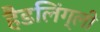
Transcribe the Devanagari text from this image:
हैडलिंग्ली